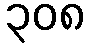
၃၀၈